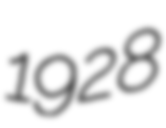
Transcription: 1928